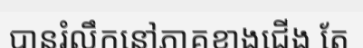
បានរំលឹកនៅភាគខាងជើង តែ